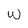
Character: W